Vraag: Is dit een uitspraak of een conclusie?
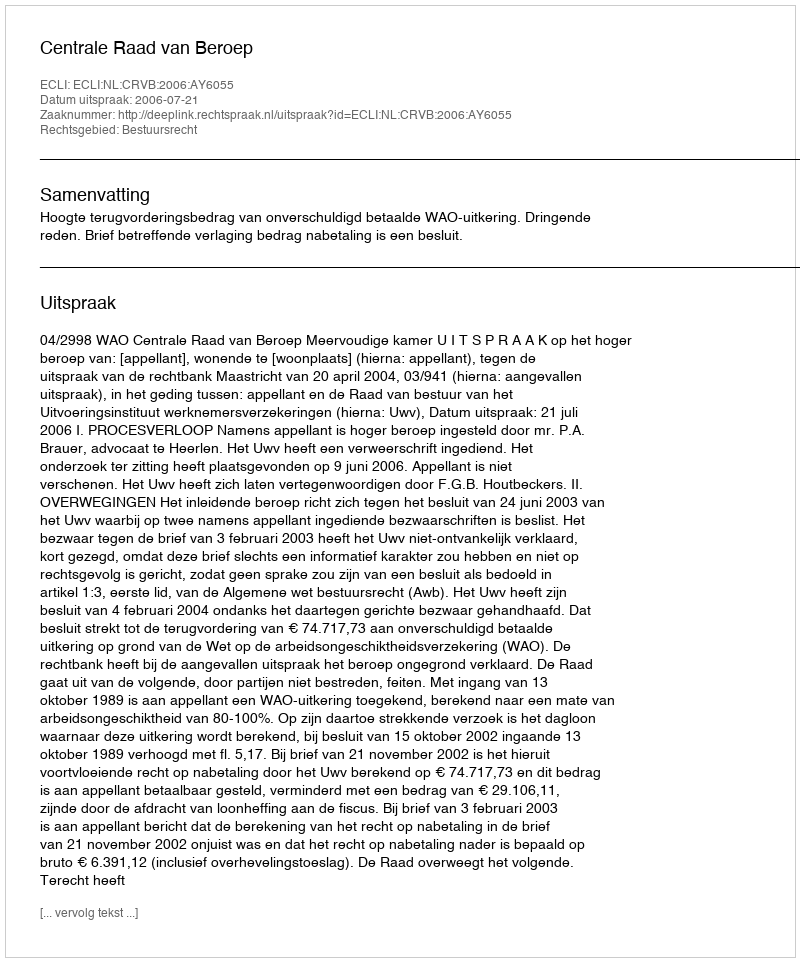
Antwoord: Uitspraak